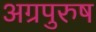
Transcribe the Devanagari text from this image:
अग्रपुरुष